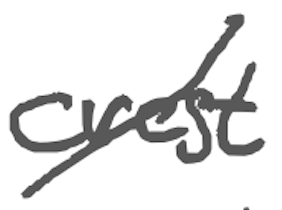
Text: crest
Cross-out: diagonal
Writing tool: digital_gray